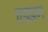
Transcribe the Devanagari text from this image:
हुदूदुल्